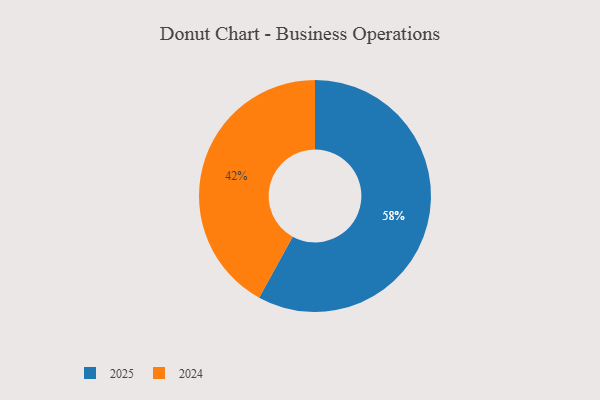
{"axis": {"x": "Category", "y": "Percentage"}, "legend": ["2024", "2025"], "data": [{"x": "2024", "y": 42, "type": "2024"}, {"x": "2025", "y": 58, "type": "2025"}]}